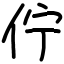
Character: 佇